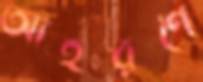
আহরণে